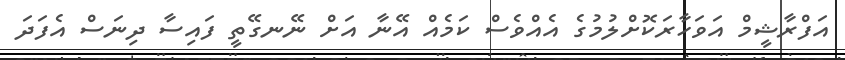
އަފްރާޝީމް އަވަހާރަކޮށްލުމުގެ އެއްވެސް ކަމެއް އޭނާ އަށް ނޭނގޭތީ ފައިސާ ދިނަސް އެފަދަ